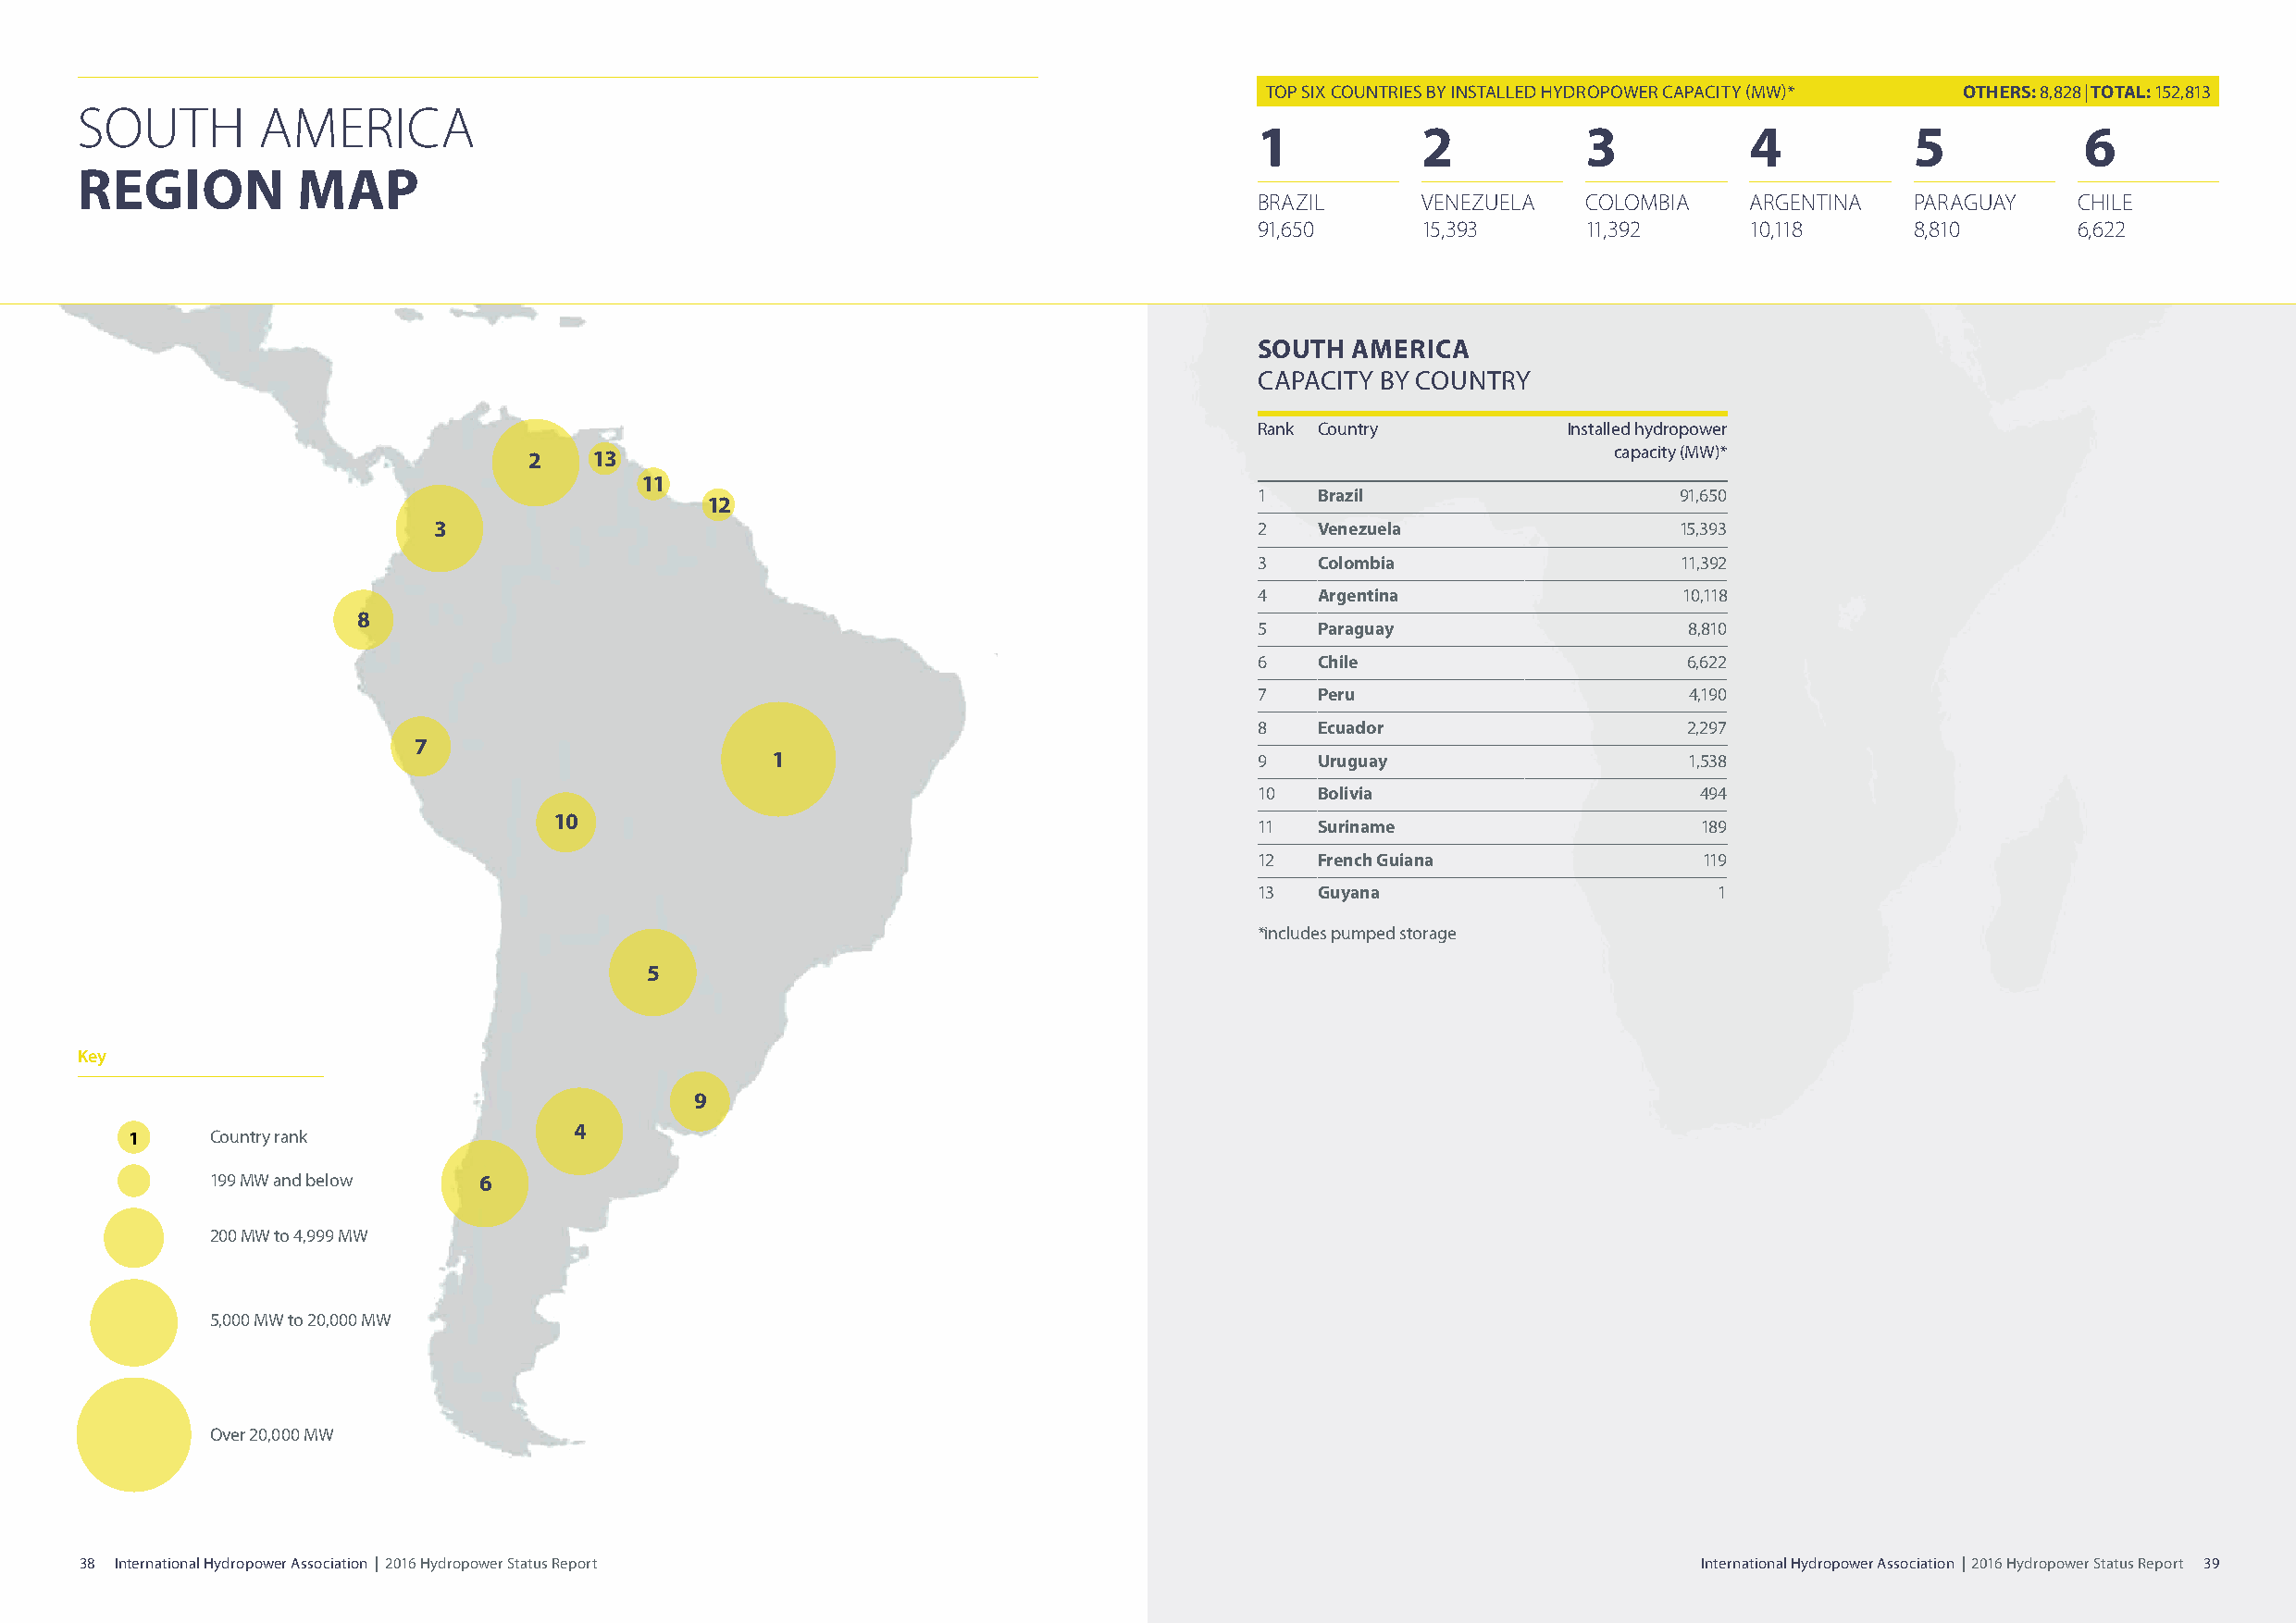
TOP SIX COUNTRIES BY INSTALLED HYDROPOWER CAPACITY (MW)* OTHERS: 8,828|TOTAL: 152,813
 SOUTH       AMERICA
 1           2          3           4           5           6
 REGION         MAP
 BRAZIL      VENEZUELA  COLOMBIA    ARGENTINA   PARAGUAY    CHILE
 91,650      15,393     11,392      10,118      8,810       6,622
 SOUTH  AMERICA
 CAPACITY BY COUNTRY
 Rank Country          Installed hydropower
 2   13                                                                       capacity (MW)*
 11
 1   Brazil                    91,650
 12
 3                                                          2   Venezuela                 15,393
 3   Colombia                  11,392
 4   Argentina                 10,118
 8
 5   Paraguay                   8,810
 6   Chile                      6,622
 7   Peru                       4,190
 8   Ecuador                    2,297
 7
 1                                  9   Uruguay                    1,538
 10  Bolivia                     494
 10
 11  Suriname                    189
 12  French Guiana               119
 13  Guyana                       1
 *includes pumped storage
 5
 Key
 9
 4
 1     Country rank
 199 MW and below   6
 200 MW to 4,999 MW
 5,000 MW to 20,000 MW
 Over 20,000 MW
 38 International Hydropower Association | 2016 Hydropower Status Report                                             International Hydropower Association | 2016 Hydropower Status Report 39